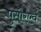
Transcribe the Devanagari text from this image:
पुसौरएवं